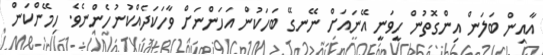
އާއިން ބަލަން އިންގޮތުން ހީވަނީ އޭނައަށް ނޭނގޭ ބަހަކުން އަހަންނަށް ވާހަކަދެއްކުނުހެންނެވެ. ހިމޭންކަން